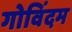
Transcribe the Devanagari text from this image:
गोविंदम